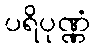
ပရိပုဏ္ဏံ